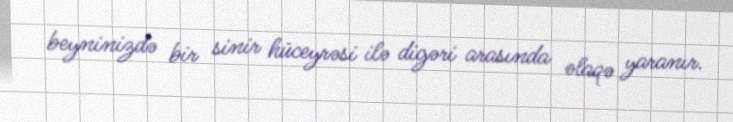
beyninizdə bir sinir hüceyrəsi ilə digəri arasında əlaqə yaranır.